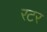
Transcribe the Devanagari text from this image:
रटर